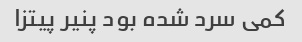
کمی سرد شده بود پنیر پیتزا